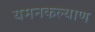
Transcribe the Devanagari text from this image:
यमनकल्याण